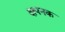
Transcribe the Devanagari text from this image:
क्षपनक